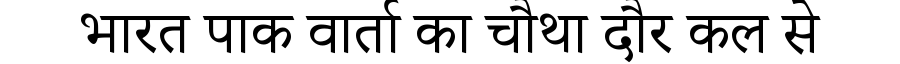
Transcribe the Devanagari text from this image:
भारत पाक वार्ता का चौथा दौर कल से